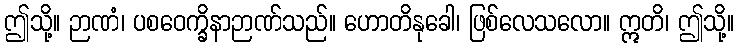
ဤသို့။ ဉာဏံ၊ ပစဝေက္ခိနာဉာဏ်သည်။ ဟောတိနုခေါ၊ ဖြစ်လေသလော။ ဣတိ၊ ဤသို့။